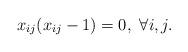
LaTeX: \begin{align*} x_{ij}(x_{ij}-1)=0,\ \forall i, j.\end{align*}